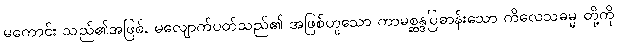
မကောင်း သည်၏အဖြစ်, မလျောက်ပတ်သည်၏ အဖြစ်ဟူသော ကာမစ္ဆန္ဒပြဓာန်းသော ကိလေသဓမ္မ တို့ကို